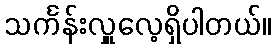
သင်္ကန်းလှူလေ့ရှိပါတယ်။